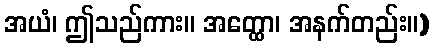
အယံ၊ ဤသည်ကား။ အတ္ထော၊ အနက်တည်း။)